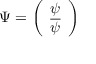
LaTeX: \Psi = \left( \begin{array} { c } { { \psi } } \\ { { \overline { { \psi } } } } \end{array} \right)